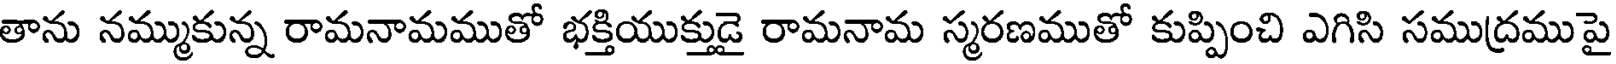
తాను నమ్ముకున్న రామనామముతో భక్తియుక్తుడై రామనామ స్మరణముతో కుప్పించి ఎగిసి సముద్రముపై